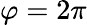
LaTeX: \varphi=2\pi